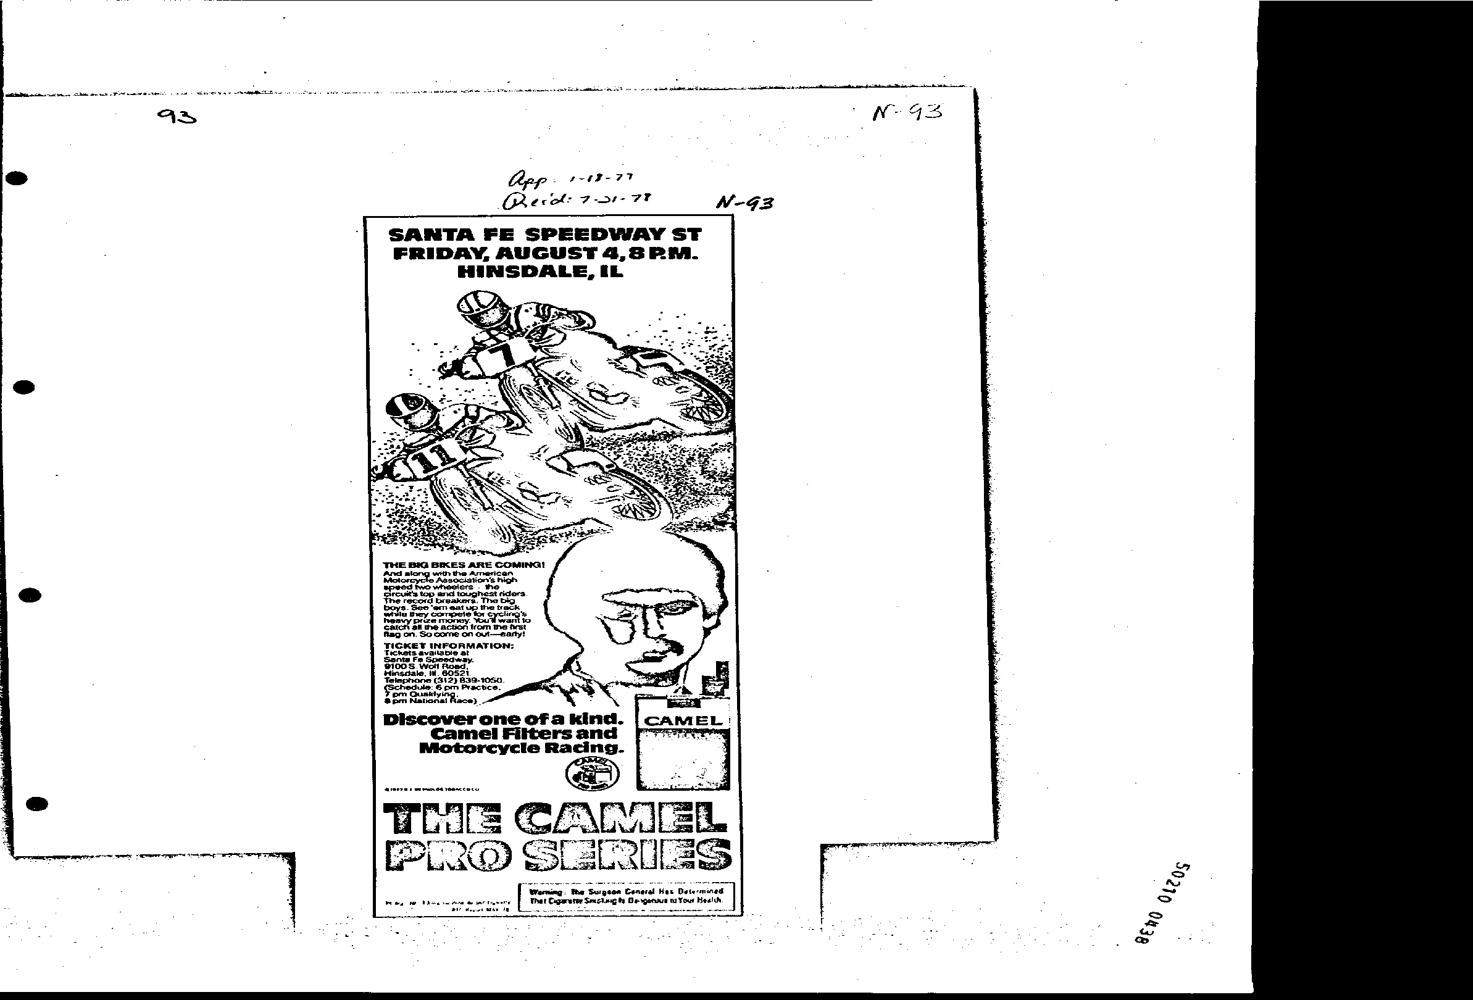
cinbeaeineewarvece it sean oP Anand ne cc NE ORME Senne cece ot coene cekcan emirates mobi wee Creech ER one or i ie Ena ~
 @ Gpp 1-48-77
 Creve F-3r- 7F W-G3
 SANTA FE SPEEDWAY ST
 FRIDAY, AUGUST 4,8PR?M.
 HINSDALE, IL
 JHE BiG BIKES ARE COMING!
 And along with the American
 Camel Filters and
 Motorcycle Racing.
 Ths CAQIER
 PRO GERwss| pot
 Wea te Nhe a